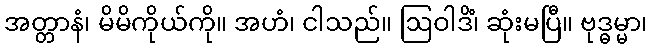
အတ္တာနံ၊ မိမိကိုယ်ကို။ အဟံ၊ ငါသည်။ ဩဝါဒိံ၊ ဆုံးမပြီ။ ဗုဒ္ဓမ္မာ၊